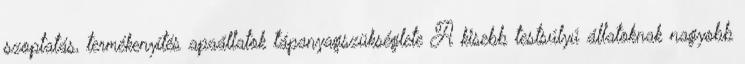
szoptatás, termékenyítés apaállatok tápanyagszükséglete A kisebb testsúlyú állatoknak nagyobb